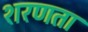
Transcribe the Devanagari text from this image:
शरणता